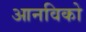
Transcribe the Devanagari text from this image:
आनविको